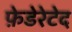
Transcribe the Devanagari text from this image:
फ़ेडेरेटेद